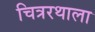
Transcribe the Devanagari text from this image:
चित्ररथाला